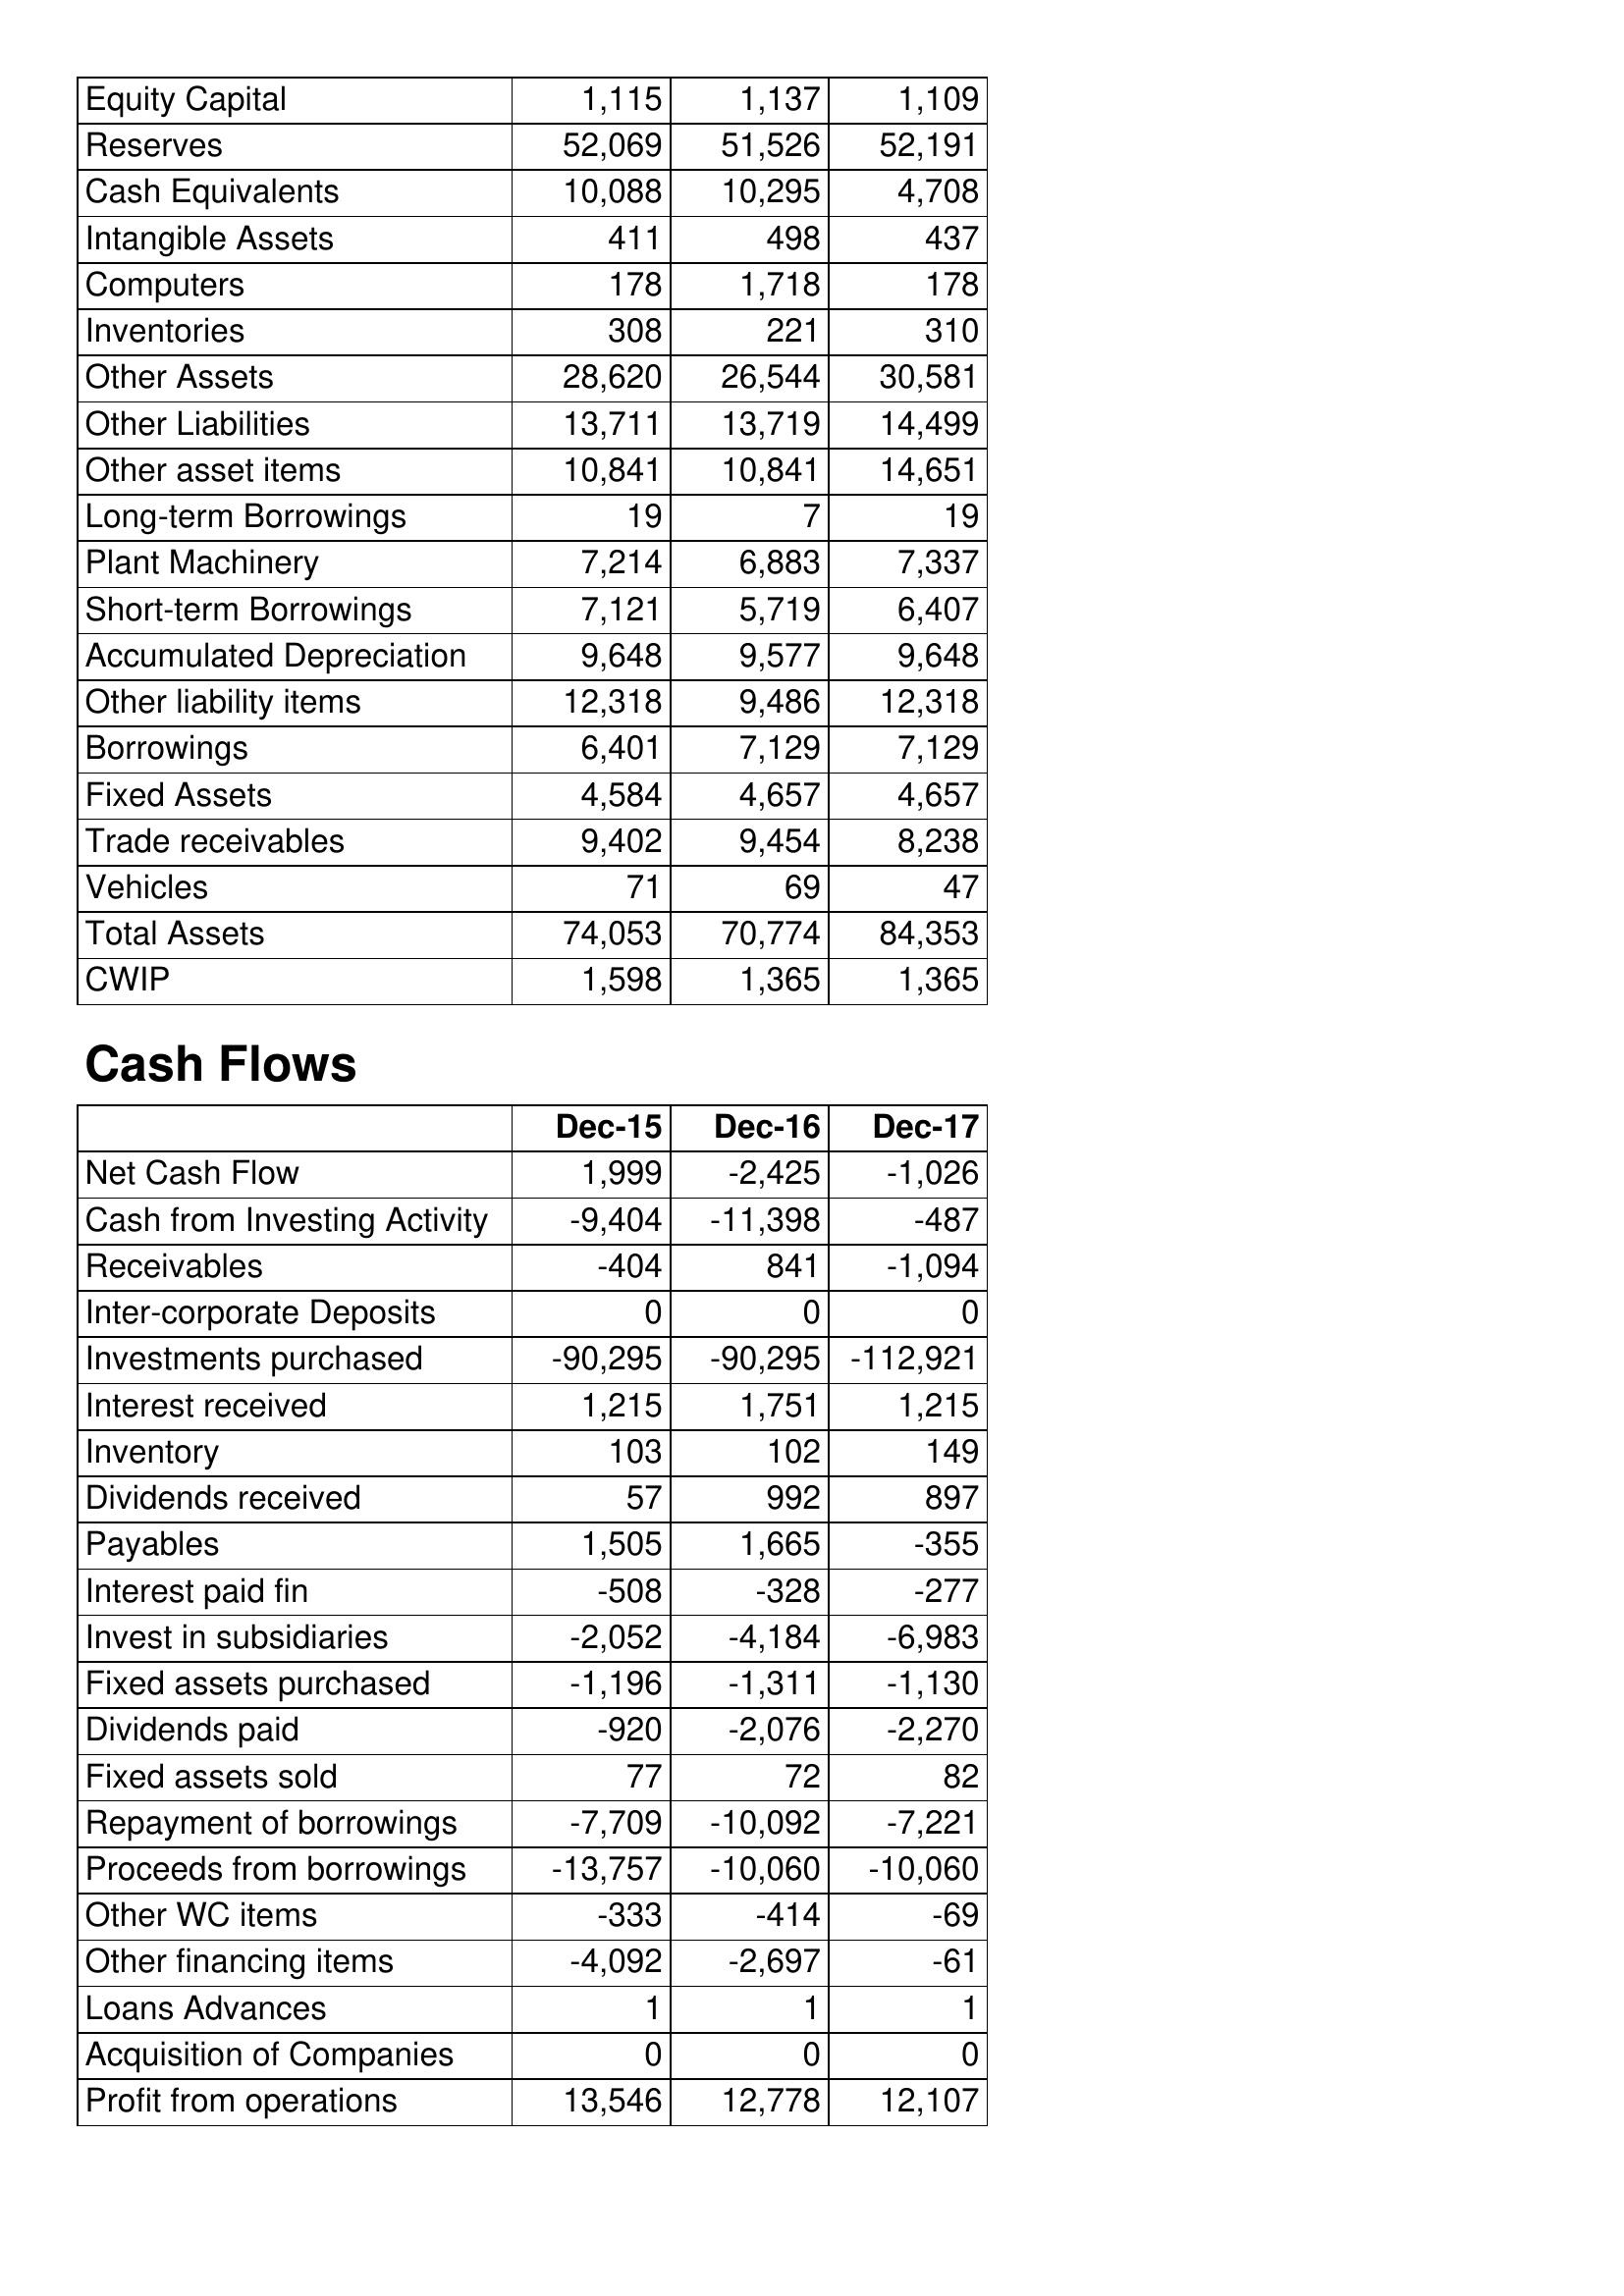
Dec-15: Balance Sheet: Equity Capital: 1,115
Reserves: 52,069
Cash Equivalents: 10,088
Intangible Assets: 411
Computers: 178
Inventories: 308
Other Assets: 28,620
Other Liabilities: 13,711
Other asset items: 10,841
Long-term Borrowings: 19
Plant Machinery: 7,214
Short-term Borrowings: 7,121
Accumulated Depreciation: 9,648
Other liability items: 12,318
Borrowings: 6,401
Fixed Assets: 4,584
Trade receivables: 9,402
Vehicles: 71
Total Assets: 74,053
CWIP: 1,598
Cash Flows: Net Cash Flow: 1,999
Cash from Investing Activity: -9,404
Receivables: -404
Inter-corporate Deposits: 0
Investments purchased: -90,295
Interest received: 1,215
Inventory: 103
Dividends received: 57
Payables: 1,505
Interest paid fin: -508
Invest in subsidiaries: -2,052
Fixed assets purchased: -1,196
Dividends paid: -920
Fixed assets sold: 77
Repayment of borrowings: -7,709
Proceeds from borrowings: -13,757
Other WC items: -333
Other financing items: -4,092
Loans Advances: 1
Acquisition of Companies: 0
Profit from operations: 13,546
Dec-16: Balance Sheet: Equity Capital: 1,137
Reserves: 51,526
Cash Equivalents: 10,295
Intangible Assets: 498
Computers: 1,718
Inventories: 221
Other Assets: 26,544
Other Liabilities: 13,719
Other asset items: 10,841
Long-term Borrowings: 7
Plant Machinery: 6,883
Short-term Borrowings: 5,719
Accumulated Depreciation: 9,577
Other liability items: 9,486
Borrowings: 7,129
Fixed Assets: 4,657
Trade receivables: 9,454
Vehicles: 69
Total Assets: 70,774
CWIP: 1,365
Cash Flows: Net Cash Flow: -2,425
Cash from Investing Activity: -11,398
Receivables: 841
Inter-corporate Deposits: 0
Investments purchased: -90,295
Interest received: 1,751
Inventory: 102
Dividends received: 992
Payables: 1,665
Interest paid fin: -328
Invest in subsidiaries: -4,184
Fixed assets purchased: -1,311
Dividends paid: -2,076
Fixed assets sold: 72
Repayment of borrowings: -10,092
Proceeds from borrowings: -10,060
Other WC items: -414
Other financing items: -2,697
Loans Advances: 1
Acquisition of Companies: 0
Profit from operations: 12,778
Dec-17: Balance Sheet: Equity Capital: 1,109
Reserves: 52,191
Cash Equivalents: 4,708
Intangible Assets: 437
Computers: 178
Inventories: 310
Other Assets: 30,581
Other Liabilities: 14,499
Other asset items: 14,651
Long-term Borrowings: 19
Plant Machinery: 7,337
Short-term Borrowings: 6,407
Accumulated Depreciation: 9,648
Other liability items: 12,318
Borrowings: 7,129
Fixed Assets: 4,657
Trade receivables: 8,238
Vehicles: 47
Total Assets: 84,353
CWIP: 1,365
Cash Flows: Net Cash Flow: -1,026
Cash from Investing Activity: -487
Receivables: -1,094
Inter-corporate Deposits: 0
Investments purchased: -112,921
Interest received: 1,215
Inventory: 149
Dividends received: 897
Payables: -355
Interest paid fin: -277
Invest in subsidiaries: -6,983
Fixed assets purchased: -1,130
Dividends paid: -2,270
Fixed assets sold: 82
Repayment of borrowings: -7,221
Proceeds from borrowings: -10,060
Other WC items: -69
Other financing items: -61
Loans Advances: 1
Acquisition of Companies: 0
Profit from operations: 12,107